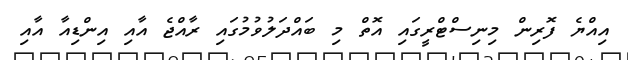
އިއްޔެ ފޮރިން މިނިސްޓްރީގައި އޮތް މި ބައްދަލުވުމުގައި ރާއްޖެ އާއި އިންޑިއާ އާއި